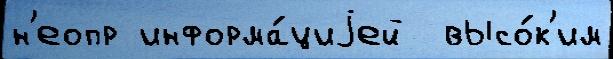
н'еопр информа́циjей  высо́к'им